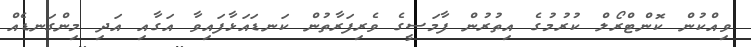
ވިއްކުން ކޮންޓްރޯލް ކުރުމުގެ އިތުރުން ފާމަސީގެ ވެރިފަރާތުން ކަނޑައަޅާފައިވާ އަގާއި އަދި މިންގަނޑެއް